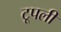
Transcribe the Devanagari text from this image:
टूपली